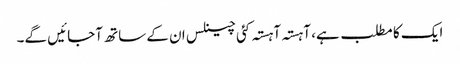
ایک کا مطلب ہے، آہستہ آہستہ کئی چینلس ان کے ساتھ آجائیں گے۔